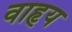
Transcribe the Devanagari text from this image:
वाहृय